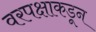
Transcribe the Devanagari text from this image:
वरपक्षाकडून